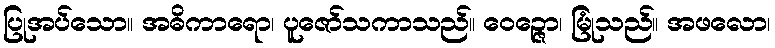
ပြုအပ်သော။ အဓိကာရော၊ ပူဇော်သကာသည်။ ဝေဉ္ဇော၊ မြုံသည်။ အဖလော၊